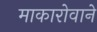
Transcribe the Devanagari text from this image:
माकारोवाने